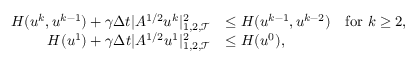
\begin{array} { r l } { H ( u ^ { k } , u ^ { k - 1 } ) + \gamma \Delta t | A ^ { 1 / 2 } u ^ { k } | _ { 1 , 2 , { \mathcal T } } ^ { 2 } } & { \le H ( u ^ { k - 1 } , u ^ { k - 2 } ) \quad \mathrm { f o r ~ } k \ge 2 , } \\ { H ( u ^ { 1 } ) + \gamma \Delta t | A ^ { 1 / 2 } u ^ { 1 } | _ { 1 , 2 , { \mathcal T } } ^ { 2 } } & { \le H ( u ^ { 0 } ) , } \end{array}